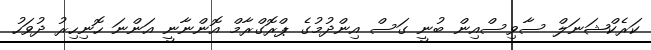
ކަރެކްޝަނަލް ސާވިސްއިން ބުނީ ގަސް އިންދުމުގެ ޕްރޮގްރާމް އޮންނާނީ އަންނަ ހޮނިހިރު ދުވަހު